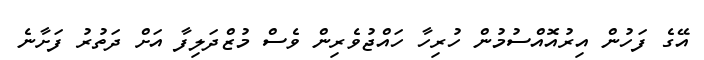
އޭގެ ފަހުން އިރުއޮއްސުމުން ހުރިހާ ހައްޖުވެރިން ވެސް މުޒްދަލިފާ އަށް ދަތުރު ފަށާނެ